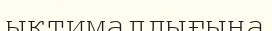
ықтималдығына